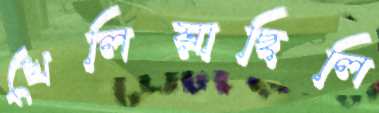
খেলিয়াছিলি